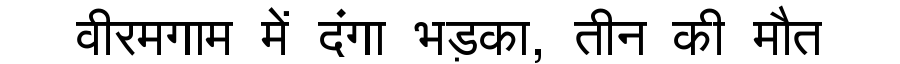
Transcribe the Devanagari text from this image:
वीरमगाम में दंगा भड़का, तीन की मौत